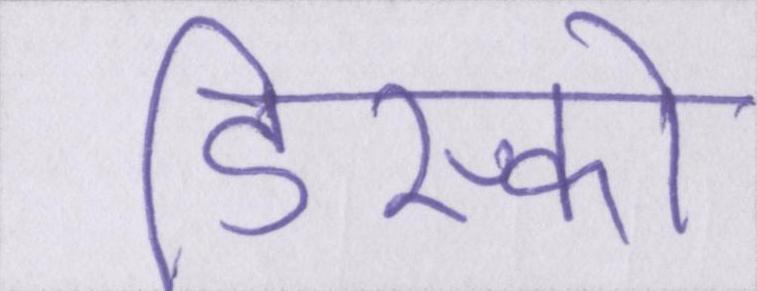
डिस्को